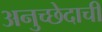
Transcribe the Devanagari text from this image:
अनुच्छेदाची